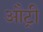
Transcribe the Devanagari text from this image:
औट्री